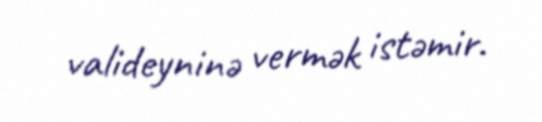
valideyninə vermək istəmir.